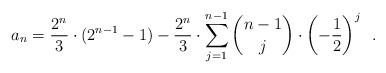
LaTeX: \begin{align*}a_n = \frac{2^n}{3} \cdot (2^{n-1} - 1) - \frac{2^n}{3} \cdot \sum_{j=1}^{n-1} \binom{n-1}{j} \cdot \left( -\frac{1}{2} \right)^j \enspace .\end{align*}